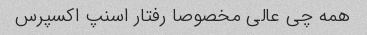
همه چی عالی مخصوصا رفتار اسنپ اکسپرس